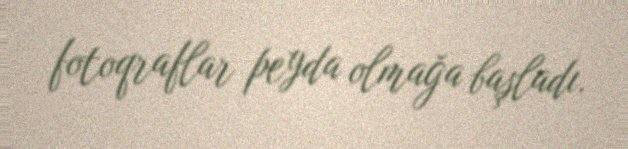
fotoqraflar peyda olmağa başladı.